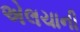
એલચાની